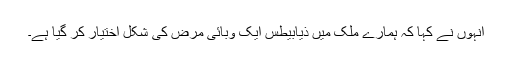
انہوں نے کہا کہ ہمارے ملک میں ذیابیطس ایک وبائی مرض کی شکل اختیار کر گیا ہے۔